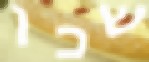
שכן